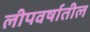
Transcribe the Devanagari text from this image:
लीपवर्षातील